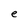
Character: e